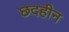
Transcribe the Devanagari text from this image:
छदहीन